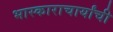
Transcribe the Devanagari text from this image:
भास्काराचार्यांची